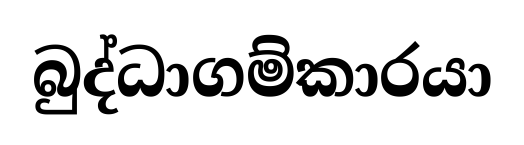
බුද්ධාගම්කාරයා